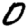
Digit: 0